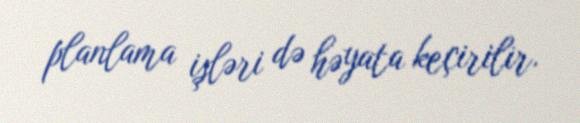
planlama işləri də həyata keçirilir.